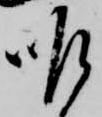
昨